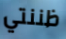
ظننتي